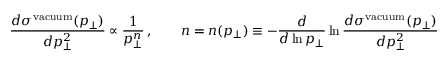
\frac { d \sigma ^ { \mathrm { v a c u u m } } ( p _ { \perp } ) } { d p _ { \perp } ^ { 2 } } \propto \frac 1 { p _ { \perp } ^ { n } } \, , \qquad n = n ( p _ { \perp } ) \equiv - \frac { d } { d \ln p _ { \perp } } \ln \frac { d \sigma ^ { \mathrm { v a c u u m } } ( p _ { \perp } ) } { d p _ { \perp } ^ { 2 } }